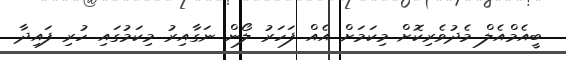
ބީއެމްއެލް މެދުވެރިކޮށް މިކަމަށް އެއް ފަހަރު ލޯން ނަގާއިރު މިކަމުގައި ހުރި ފައިދާ